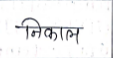
मजकूर: निकाल